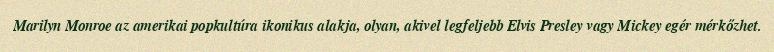
Marilyn Monroe az amerikai popkultúra ikonikus alakja, olyan, akivel legfeljebb Elvis Presley vagy Mickey egér mérkőzhet.